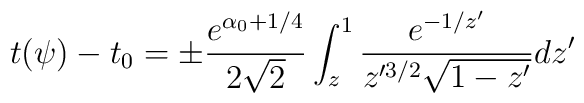
t(\psi) - t_0 = \pm \frac{e^{\alpha_0 + 1/4}}{2\sqrt{2}} \int_z^1     {\frac{e^{-1/z'}}{z'^{3/2}\sqrt{1-z'}} dz'}